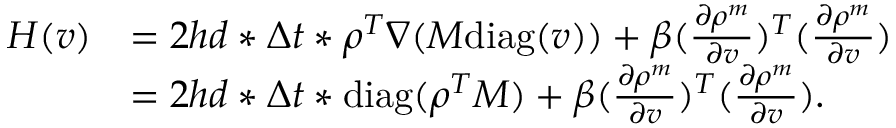
\begin{array} { r l } { H ( v ) } & { = 2 h d * \Delta t * \rho ^ { T } \nabla ( M \mathrm { d i a g } ( v ) ) + \beta ( \frac { \partial \rho ^ { m } } { \partial v } ) ^ { T } ( \frac { \partial \rho ^ { m } } { \partial v } ) } \\ & { = 2 h d * \Delta t * \mathrm { d i a g } ( \rho ^ { T } M ) + \beta ( \frac { \partial \rho ^ { m } } { \partial v } ) ^ { T } ( \frac { \partial \rho ^ { m } } { \partial v } ) . } \end{array}